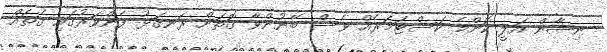
ނިޝާން އަލީ ކޮންމެ ކަސްޓަމަރެއް ވެސް ބޭނުންވާ ގޮތަށް ރަނގަޅު ފެންވަރުގައި ގެތައް